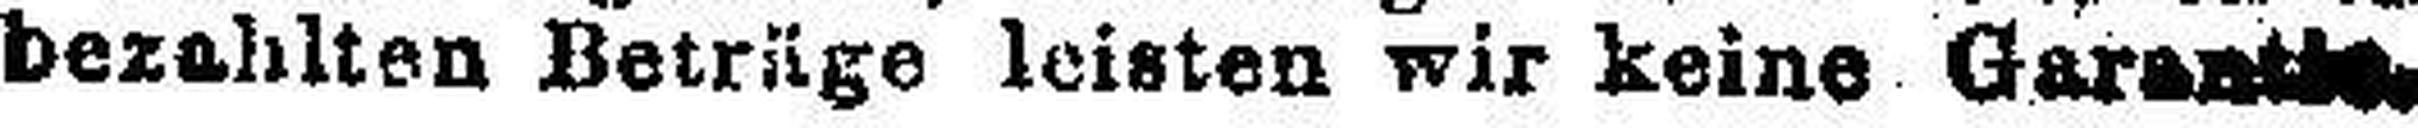
bezahlten Beträge leisten wir keine Garantie.